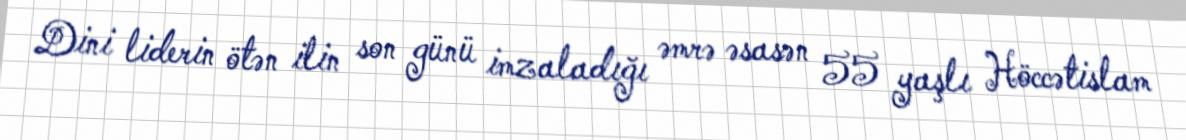
Dini liderin ötən ilin son günü imzaladığı əmrə əsasən 55 yaşlı Höccətislam